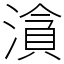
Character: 㵅